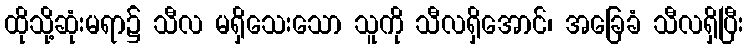
ထိုသို့ဆုံးမရာ၌ သီလ မရှိသေးသော သူကို သီလရှိအောင်၊ အခြေခံ သီလရှိပြီး